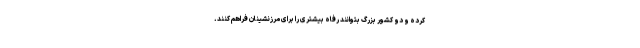
کرده و دو کشور بزرگ بتوانند رفاه بیشتری را برای مرزنشینان فراهم کنند.